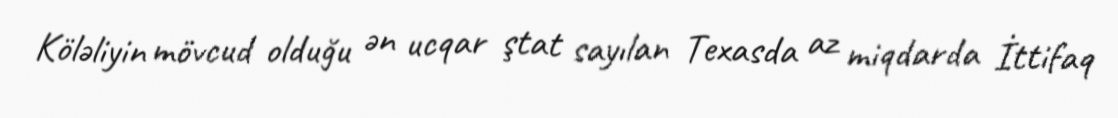
Köləliyin mövcud olduğu ən ucqar ştat sayılan Texasda az miqdarda İttifaq